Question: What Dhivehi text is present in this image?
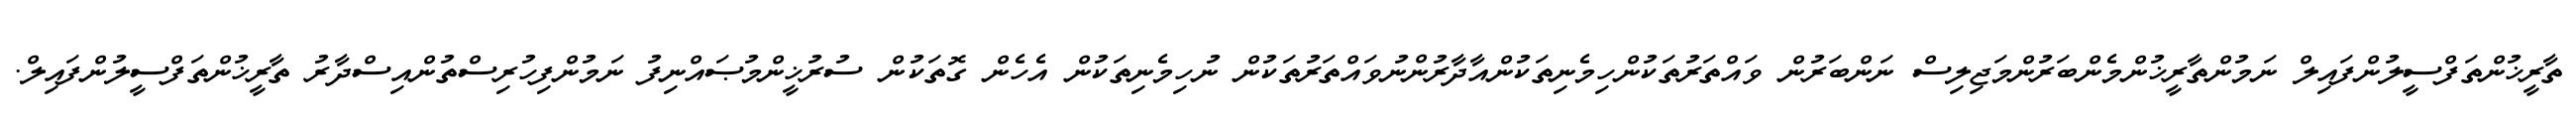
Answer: ތާރީޚުންތަފްސީލުންފައިލް ނަމުންތާރީޚުންމެންބަރުންމަޖިލިސް ނަންބަރުން ވައްތަރުތަކުންހިމެނިތަކުންއާދާރުންނުވައްތަރުތަކުން ނުހިމެނިތަކުން އެހެން ގޮތަކުން ސުރުޚީންމުޞައްނިފު ނަމުންފިހުރިސްތުންއިސްދާރު ތާރީޚުންތަފްސީލުންފައިލް.